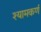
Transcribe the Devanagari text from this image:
श्यामकर्ण